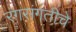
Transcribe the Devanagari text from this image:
रंगसंगतीचे